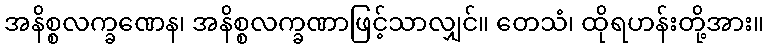
အနိစ္စလက္ခဏေန၊ အနိစ္စလက္ခဏာဖြင့်သာလျှင်။ တေသံ၊ ထိုရဟန်းတို့အား။